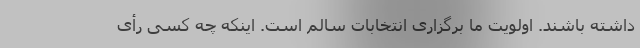
داشته باشند. اولویت ما برگزاری انتخابات سالم است. اینکه چه کسی رأی